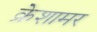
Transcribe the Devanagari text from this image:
क्रेशामर